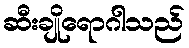
ဆီးချိုရောဂါသည်